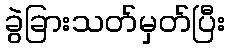
ခွဲခြားသတ်မှတ်ပြီး